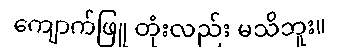
ကျောက်ဖြူ တုံးလည်း မသိဘူး။